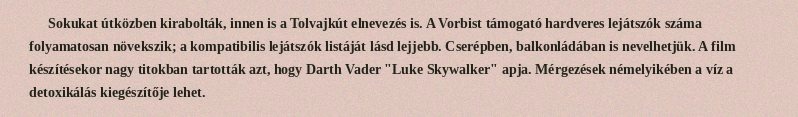
Sokukat útközben kirabolták, innen is a Tolvajkút elnevezés is. A Vorbist támogató hardveres lejátszók száma folyamatosan növekszik; a kompatibilis lejátszók listáját lásd lejjebb. Cserépben, balkonládában is nevelhetjük. A film készítésekor nagy titokban tartották azt, hogy Darth Vader "Luke Skywalker" apja. Mérgezések némelyikében a víz a detoxikálás kiegészítője lehet.